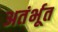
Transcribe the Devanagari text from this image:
अतंर्भूत